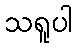
သရူပါ